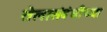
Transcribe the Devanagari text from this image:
तेलासंबंधीच्या